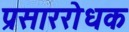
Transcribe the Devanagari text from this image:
प्रसाररोधक